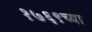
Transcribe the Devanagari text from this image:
१७६९च्या